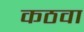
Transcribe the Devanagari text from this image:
कठवा